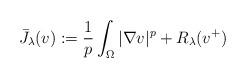
LaTeX: \begin{align*} \bar J_\lambda(v) := \frac 1p \int_\Omega |\nabla v|^p + R_\lambda(v^+)\end{align*}